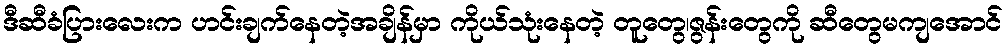
ဒီဆီခံပြားလေးက ဟင်းချက်နေတဲ့အချိန်မှာ ကိုယ်သုံးနေတဲ့ တူတွေ၊ဇွန်းတွေကို ဆီတွေမကျအောင်